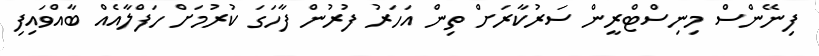
ފިނޭންސް މިނިސްޓްރީން ސަރުކާރަށް ތިން އަހަރު ފުރުން ފާހަގަ ކުރުމަށް ހަފްލާއެއް ބާއްވައިފި